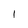
Character: 1